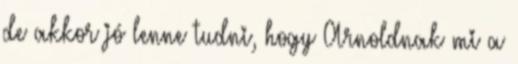
de akkor jó lenne tudni, hogy Arnoldnak mi a